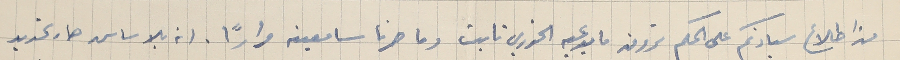
من اطلاع سيادتكم على الحكم ترون ما يدعيه الخوري تابت وما صرنا سامعينه مرارًا. انه بالاساس صار تحديد